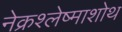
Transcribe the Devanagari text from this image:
नेक्रश्लेष्माशोथ